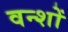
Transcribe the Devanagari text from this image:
वन्शों